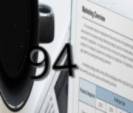
94